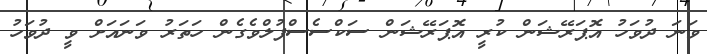
ވަނަ ދުވަހު އޮޕަރޭޝަން ކުރީ އޮޕަރޭޝަން ސަކްސެސްފުލްވެގެން ހަތަރު ވަނައަށް ވީ ދުވަހު